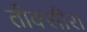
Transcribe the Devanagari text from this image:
तीक्सीरा